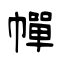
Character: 幝